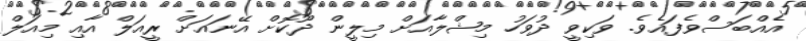
އެއްބަސްވެފައެވެ. ވަކިވީ ދުވަހު މިޝްލާއަށް މިލީން ދޫކޮށް އޭނައަށް ރީއަލް އާއި މިއަލް